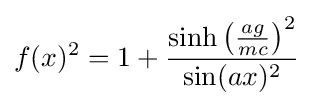
f(x)^{2}=1+{\frac {\sinh \left({\frac {ag}{mc}}\right)^{2}}{\sin(ax)^{2}}}